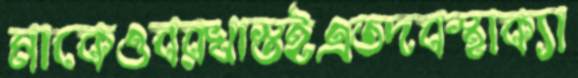
মাকেওবরখাস্তইএতদবস্থাক্যা